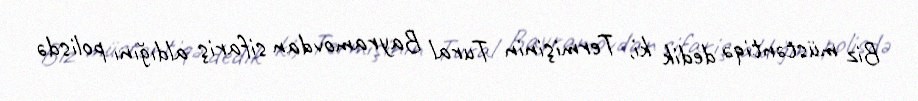
Biz müstəntiqə dedik ki, Termişinin Tural Bayramovdan sifariş aldığını polisdə